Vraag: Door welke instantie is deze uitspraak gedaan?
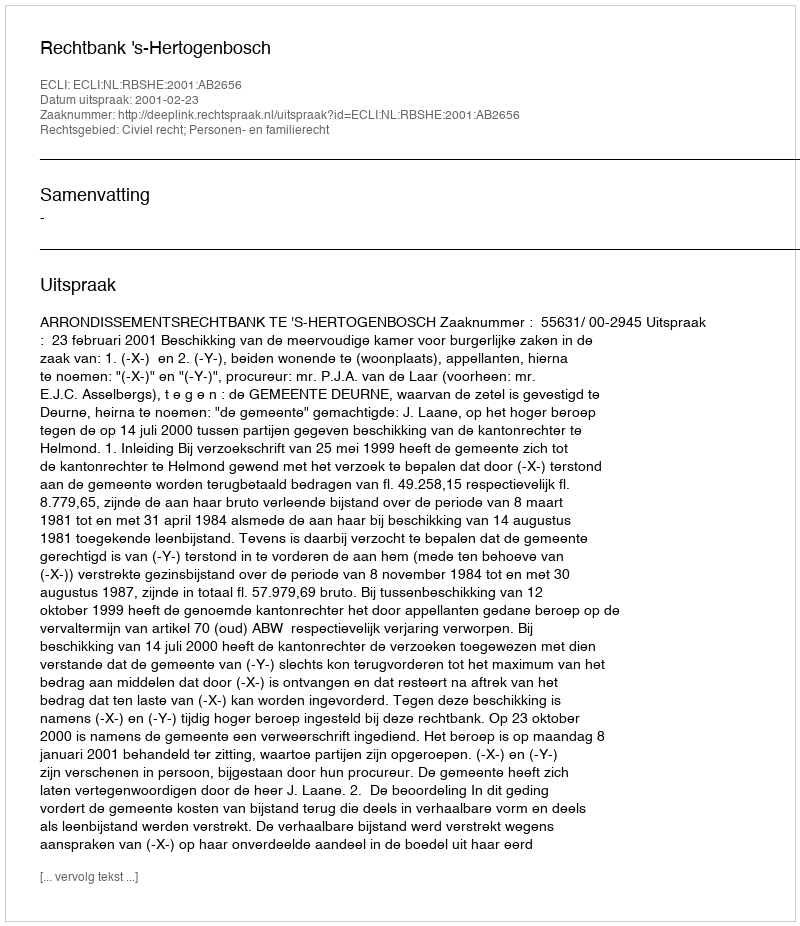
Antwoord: Rechtbank 's-Hertogenbosch